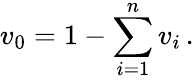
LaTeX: v_{0}=1-\sum_{i=1}^{n}v_{i}\, .